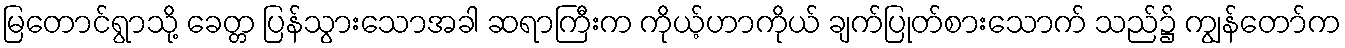
မြတောင်ရွာသို့ ခေတ္တ ပြန်သွားသောအခါ ဆရာကြီးက ကိုယ့်ဟာကိုယ် ချက်ပြုတ်စားသောက် သည်၌ ကျွန်တော်က